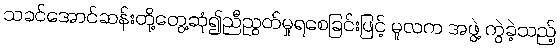
သခင်အောင်ဆန်းတို့တွေ့ဆုံ၍ညီညွတ်မှုရစေခြင်းဖြင့် မူလက အဖွဲ့ ကွဲခဲ့သည့်